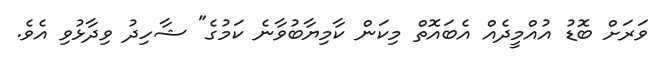
ވަރަށް ބޮޑު އުއްމީދެއް އެބައޮތް މިކަން ކާމިޔާބުވާނެ ކަމުގެ" ޝާހިދު ވިދާޅުވި އެވެ.